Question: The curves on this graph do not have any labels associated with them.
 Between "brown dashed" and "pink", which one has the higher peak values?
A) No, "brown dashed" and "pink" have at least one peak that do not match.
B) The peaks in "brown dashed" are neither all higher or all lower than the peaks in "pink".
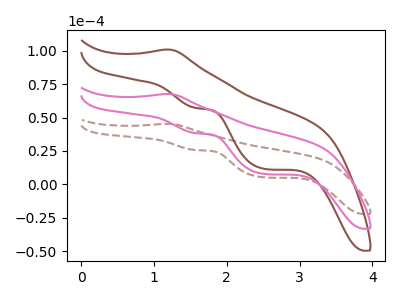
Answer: <think>The brown dashed curve "brown dashed" has an anodic peak at (1.20V, 45.35uA) and cathodic peaks at (1.60V, 25.65uA) (2.50V, 5.25uA). The brown curve "brown" has an anodic peak at (1.20V, 135.40uA) and cathodic peaks at (1.60V, 76.60uA) (2.50V, 15.65uA). The pink curve "pink" has an anodic peak at (1.20V, 67.70uA) and cathodic peaks at (1.60V, 38.30uA) (2.50V, 7.80uA).</think>
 <answer>B) The peaks in "brown dashed" are neither all higher or all lower than the peaks in "pink".</answer>
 <eval>B</eval>